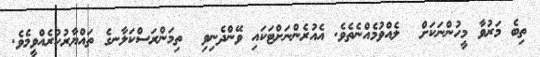
ތިބެ މަރުވާ މީހުންނަކަށް  ލެއްވުމެއްނެތެވެ. އެއުރެންނަށްޓަކައި ވޭންދެނިވި  ތިމަންރަސްކަލާނގެ ތައްޔާރުކުރެއްވީމެވެ.